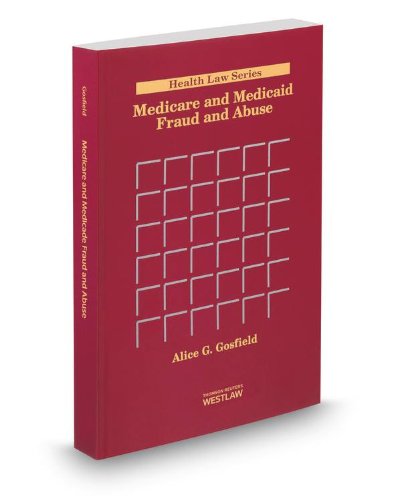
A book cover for Medicare and Medicaid Fraud and Abuse, 2013 ed. (Health Law Series); Alice Gosfield; Law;